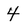
Character: 4